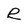
Character: R